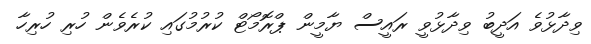
ވިދާޅުވެ އަދީބު ވިދާޅުވީ ރައީސް ޔާމީން ޕްރޮމޯޓް ކުރުމުގައި ކުރެވެން ހުރި ހުރިހާ